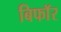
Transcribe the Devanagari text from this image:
बिफाॅर